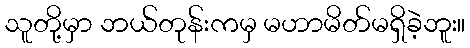
သူတို့မှာ ဘယ်တုန်းကမှ မဟာမိတ်မရှိခဲ့ဘူး။